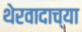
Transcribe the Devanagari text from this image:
थेरवादाच्या